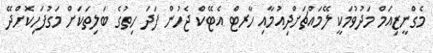
މެގްނީޒިއަމް މަދުވުމަކީ ލޭމައްޗަށްދިއުމާއި ހާރޓް އެޓޭކް ޖެހުން ފަދަ ހިތުގެ ބަލިތަކަށް މަގުފަހިކޮށްދޭ